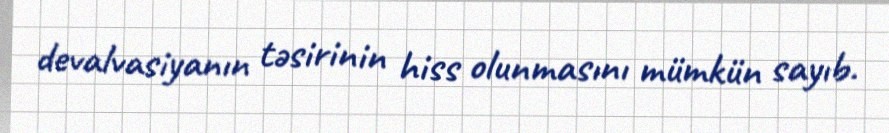
devalvasiyanın təsirinin hiss olunmasını mümkün sayıb.